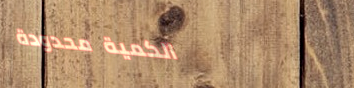
الكمية محدودة